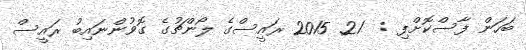
ބަހަން ފާސްކޮށްފި :  21